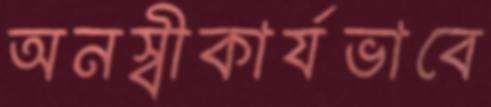
অনস্বীকার্যভাবে